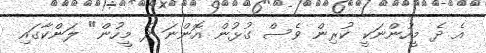
އެ ދެ މީހުންނަކީ ކުރިން ވެސް ގުޅުން އޮންނަ ދެ މީހުން" ލަންކާގައި